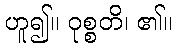
ဟူ၍။ ဝုစ္စတိ၊ ၏။